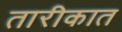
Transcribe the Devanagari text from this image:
तारीकात